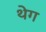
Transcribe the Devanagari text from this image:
थेग